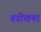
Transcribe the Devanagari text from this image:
बडीखबर